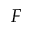
F